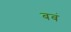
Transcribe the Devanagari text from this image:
बबं